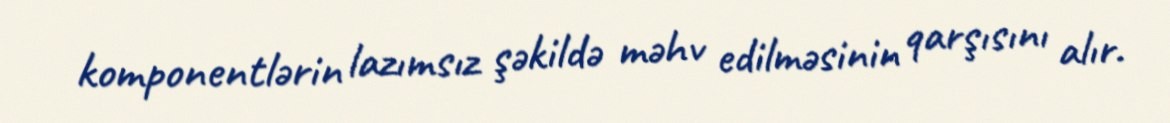
komponentlərin lazımsız şəkildə məhv edilməsinin qarşısını alır.